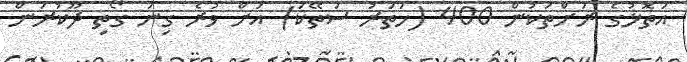
އަތޮޅުގެ ރަށްތަކުން 400 (ހަތަރު ސަތޭކަ) އަށް ވުރެ ގިނަ ގޯތި ދޫކުރަން